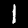
Digit: 1